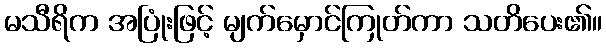
မသီရိက အပြုံးဖြင့် မျက်မှောင်ကြုတ်ကာ သတိပေး၏။